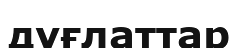
дұғлаттар